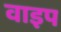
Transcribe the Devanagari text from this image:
वाइप